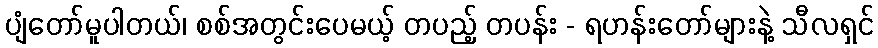
ပျံတော်မူပါတယ်၊ စစ်အတွင်းပေမယ့် တပည့် တပန်း - ရဟန်းတော်များနဲ့ သီလရှင်